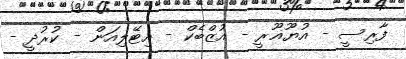
ފާރިސީ - އުޔޫޣޫރީ - އުޒްބެކް - އިޓޭލިއަން - ކުރުދީ -